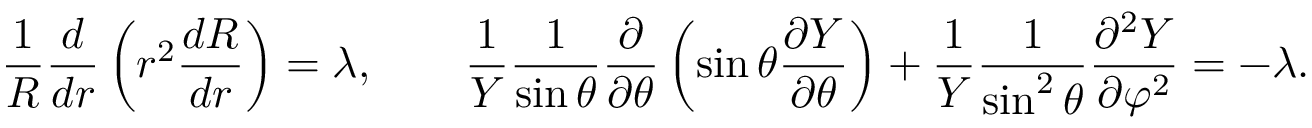
{ \frac { 1 } { R } } { \frac { d } { d r } } \left( r ^ { 2 } { \frac { d R } { d r } } \right) = \lambda , \qquad { \frac { 1 } { Y } } { \frac { 1 } { \sin \theta } } { \frac { \partial } { \partial \theta } } \left( \sin \theta { \frac { \partial Y } { \partial \theta } } \right) + { \frac { 1 } { Y } } { \frac { 1 } { \sin ^ { 2 } \theta } } { \frac { \partial ^ { 2 } Y } { \partial \varphi ^ { 2 } } } = - \lambda .